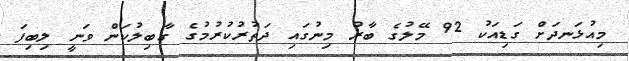
މިއުޅަނދަށް ގަޑިއަކު 92 މޭލުގެ ބާރު މިނުގައި ދަތުރުކުރުމުގެ ގާބިލުކަން ވަނީ ލިބިފަ